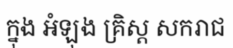
ក្នុង អំឡុង គ្រិស្ត សករាជ